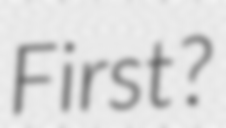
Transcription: First?